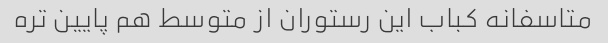
متاسفانه کباب این رستوران از متوسط هم پایین تره